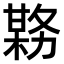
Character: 𫯊